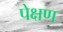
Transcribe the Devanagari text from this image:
पेक्षण